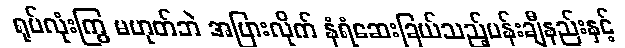
ရုပ်လုံးကြွ မဟုတ်ဘဲ အပြားလိုက် နံရံဆေးခြယ်သည့်ပန်းချီနည်းနှင့်